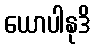
ယောပါနုဒိ